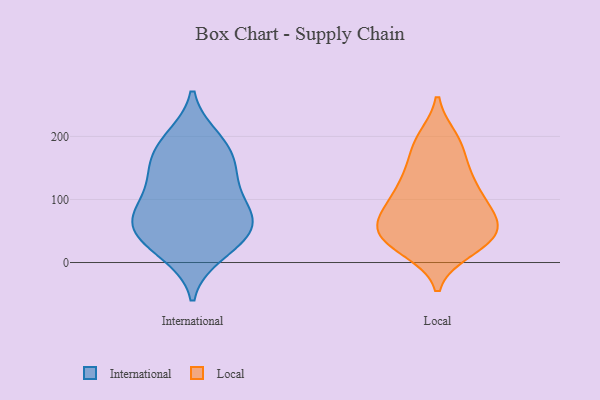
{"axis": {"x": "Customer Acquisition Cost (USD)", "y": "Value"}, "legend": ["International", "Local"], "data": [{"x": "", "y": 149, "type": "International"}, {"x": "", "y": 174, "type": "International"}, {"x": "", "y": 12, "type": "International"}, {"x": "", "y": 79, "type": "International"}, {"x": "", "y": 199, "type": "International"}, {"x": "", "y": 56, "type": "International"}, {"x": "", "y": 113, "type": "International"}, {"x": "", "y": 60, "type": "International"}, {"x": "", "y": 84, "type": "International"}, {"x": "", "y": 164, "type": "International"}, {"x": "", "y": 43, "type": "International"}, {"x": "", "y": 38, "type": "International"}, {"x": "", "y": 60, "type": "International"}, {"x": "", "y": 16, "type": "International"}, {"x": "", "y": 147, "type": "International"}, {"x": "", "y": 120, "type": "International"}, {"x": "", "y": 79, "type": "International"}, {"x": "", "y": 199, "type": "International"}, {"x": "", "y": 44, "type": "Local"}, {"x": "", "y": 81, "type": "Local"}, {"x": "", "y": 57, "type": "Local"}, {"x": "", "y": 194, "type": "Local"}, {"x": "", "y": 40, "type": "Local"}, {"x": "", "y": 39, "type": "Local"}, {"x": "", "y": 126, "type": "Local"}, {"x": "", "y": 80, "type": "Local"}, {"x": "", "y": 31, "type": "Local"}, {"x": "", "y": 84, "type": "Local"}, {"x": "", "y": 103, "type": "Local"}, {"x": "", "y": 52, "type": "Local"}, {"x": "", "y": 183, "type": "Local"}, {"x": "", "y": 125, "type": "Local"}, {"x": "", "y": 28, "type": "Local"}, {"x": "", "y": 131, "type": "Local"}, {"x": "", "y": 74, "type": "Local"}, {"x": "", "y": 196, "type": "Local"}, {"x": "", "y": 155, "type": "Local"}, {"x": "", "y": 21, "type": "Local"}]}